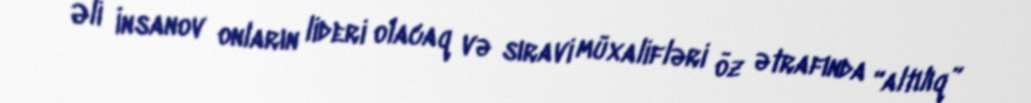
Əli İnsanov onların lideri olacaq və sıravi müxalifləri öz ətrafında “altılıq”